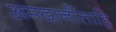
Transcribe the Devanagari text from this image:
अमदानींताहि